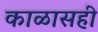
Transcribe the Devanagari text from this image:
काळासही